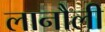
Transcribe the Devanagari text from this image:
लानौली